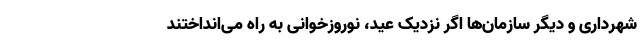
شهرداری‌ و دیگر سازمان‌ها اگر نزدیک عید، نوروزخوانی به راه می‌انداختند